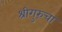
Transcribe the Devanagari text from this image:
श्रीगुरुंचा